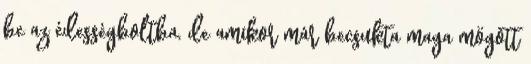
be az édességboltba, de amikor már becsukta maga mögött